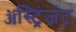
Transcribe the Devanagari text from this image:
ॲस्ट्रिंजंट